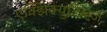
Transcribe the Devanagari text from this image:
एक्झिक्युटिव्ह्ज